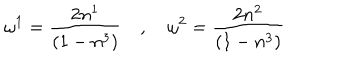
LaTeX: \omega ^ { 1 } = \frac { 2 n ^ { 1 } } { ( 1 - n ^ { 3 } ) } \quad , \quad \omega ^ { 2 } = \frac { 2 n ^ { 2 } } { ( 1 - n ^ { 3 } ) }